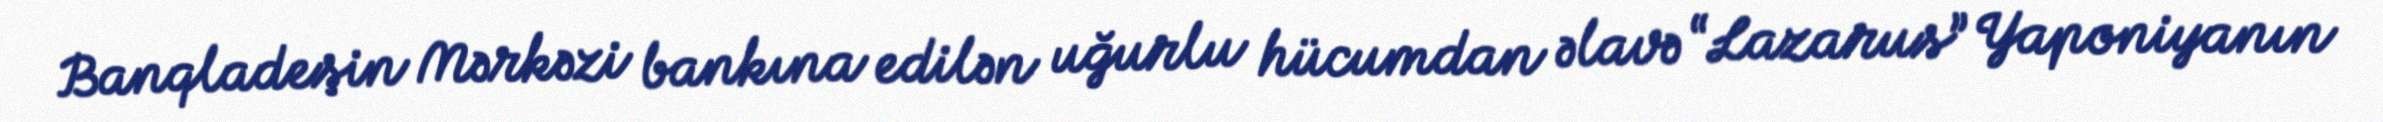
Banqladeşin Mərkəzi bankına edilən uğurlu hücumdan əlavə “Lazarus” Yaponiyanın